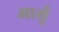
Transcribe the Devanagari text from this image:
आलूँ